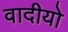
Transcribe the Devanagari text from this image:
वादीयो